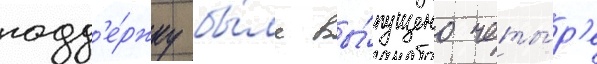
подд'е́ржку бы́ло вы́пущено четы́р'е